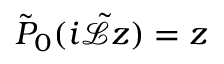
\tilde { P } _ { 0 } ( i \tilde { \mathcal { L } } z ) = z